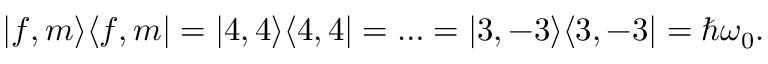
| f , m \rangle \langle f , m | = | 4 , 4 \rangle \langle 4 , 4 | = \ldots = | 3 , - 3 \rangle \langle 3 , - 3 | = \hbar \omega _ { 0 } .